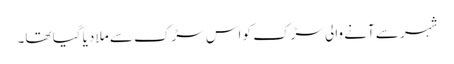
شہر سے آنے والی سڑک کو اس سڑک سے ملا دیا گیا تھا۔